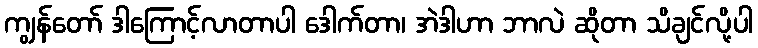
ကျွန်တော် ဒါကြောင့်လာတာပါ ဒေါက်တာ၊ အဲဒါဟာ ဘာလဲ ဆိုတာ သိချင်လို့ပါ